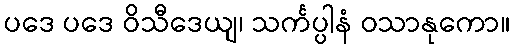
ပဒေ ပဒေ ဝိသီဒေယျ၊ သင်္ကပ္ပါနံ ဝသာနုကော။